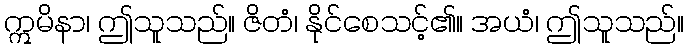
ဣမိနာ၊ ဤသူသည်။ ဇိတံ၊ နိုင်စေသင့်၏။ အယံ၊ ဤသူသည်။